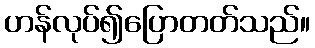
ဟန်လုပ်၍ပြောတတ်သည်။